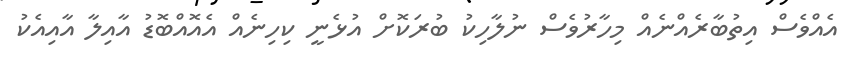
އެއްވެސް އިތުބާރެއްނެއް މިހާރުވެސް ނުލާހިކު ބުރަކޮށް އުޅެނީ ކިހިނެއް އެއޮއްބޮޑު އާއިލާ އާއިއެކު